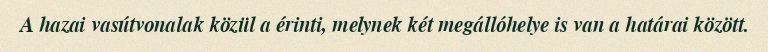
A hazai vasútvonalak közül a érinti, melynek két megállóhelye is van a határai között.